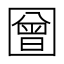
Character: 𭍳